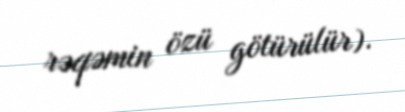
rəqəmin özü götürülür).